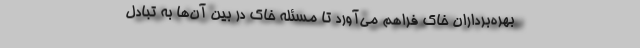
بهره‌برداران خاک فراهم می‌آورد تا مسئله خاک در بین آن‌ها به تبادل